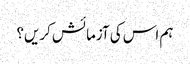
ہم اس کی آزمائش کریں؟